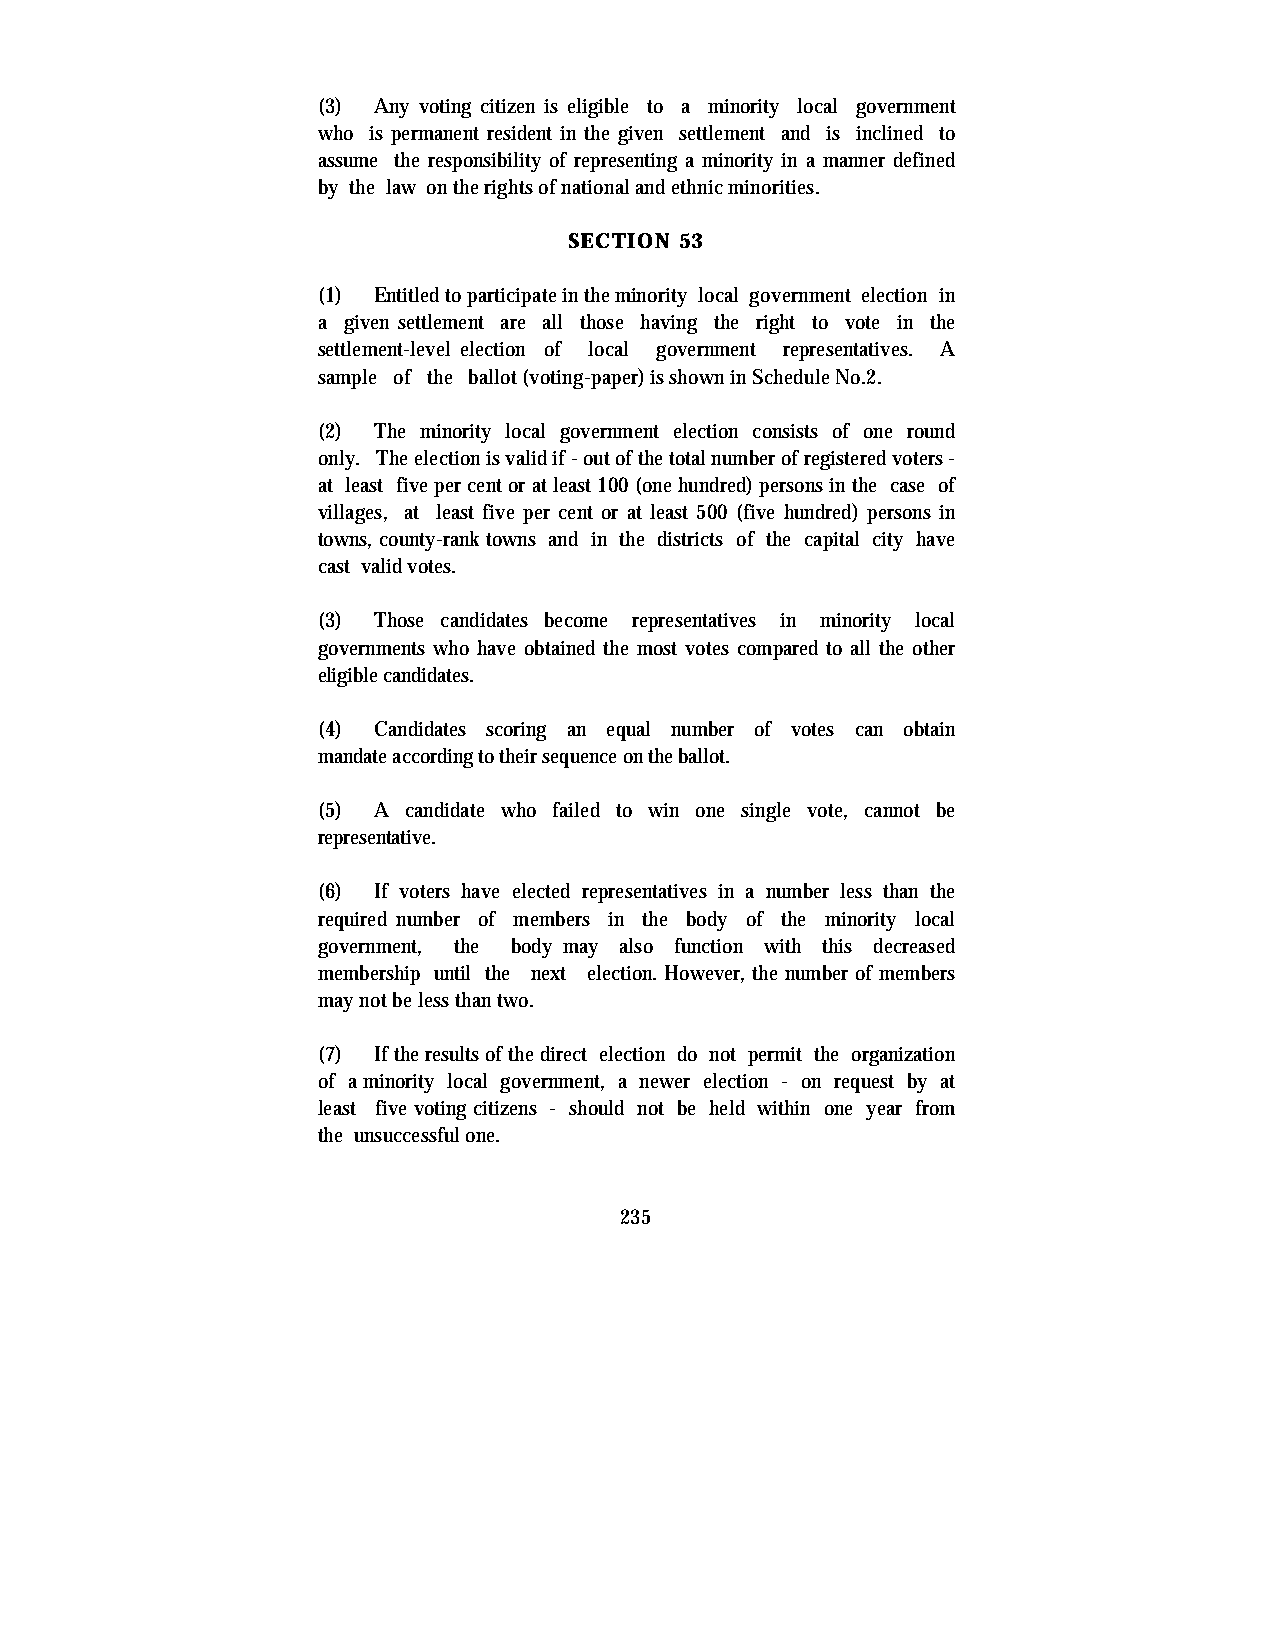
(3) Any voting citizen is eligible to a minority local government
 who is permanent resident in the given settlement and is inclined to
 assume the responsibility of representing a minority in a manner defined
 by the law on the rights of national and ethnic minorities.
 SECTION 53
 (1) Entitled to participate in the minority local government election in
 a given settlement are all those having the right to vote in the
 settlement-level election of local government representatives. A
 sample of the ballot (voting-paper) is shown in Schedule No.2.
 (2) The minority local government election consists of one round
 only. The election is valid if - out of the total number of registered voters -
 at least five per cent or at least 100 (one hundred) persons in the case of
 villages, at least five per cent or at least 500 (five hundred) persons in
 towns, county-rank towns and in the districts of the capital city have
 cast valid votes.
 (3) Those candidates become representatives in minority local
 governments who have obtained the most votes compared to all the other
 eligible candidates.
 (4) Candidates scoring an equal number of votes can obtain
 mandate according to their sequence on the ballot.
 (5) A candidate who failed to win one single vote, cannot be
 representative.
 (6) If voters have elected representatives in a number less than the
 required number of members in the body of the minority local
 government, the body may also function with this decreased
 membership until the next election. However, the number of members
 may not be less than two.
 (7) If the results of the direct election do not permit the organization
 of a minority local government, a newer election - on request by at
 least five voting citizens - should not be held within one year from
 the unsuccessful one.
 235